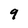
Character: 9